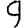
Digit: 9